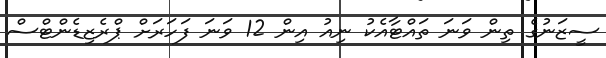
ސީޒަނުގެ ތިން ވަނަ ތައްޓާއެކު ނިއު އިން 12 ވަނަ ފަހަރަށް ޕްރެޒިޑެންޓްސް